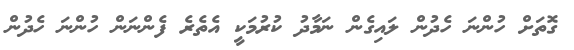
ގޮތަށް ހުންނަ ހެދުން ލައިގެން ނަމާދު ކުރުމަކީ އެތެރެ ފެންނަން ހުންނަ ހެދުން